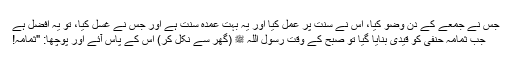
جس نے جمعے کے دن وضو کیا، اس نے سنت پر عمل کیا اور یہ بہت عمدہ سنت ہے اور جس نے غسل کیا، تو یہ افضل ہے
جب ثمامہ حنفی کو قیدی بنایا گیا تو صبح کے وقت رسول اللہ ﷺ (گھر سے نکل کر) اس کے پاس آئے اور پوچھا: "ثمامہ!